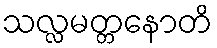
သလ္လမတ္တနောတိ